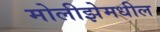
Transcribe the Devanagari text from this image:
मोलीझेमधील